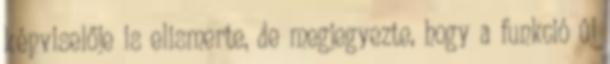
képviselője is elismerte, de megjegyezte, hogy a funkció új